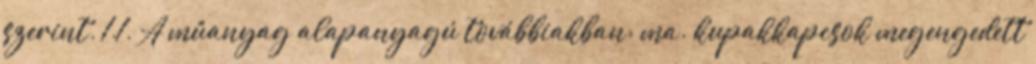
szerint. 1.1. A mûanyag alapanyagú továbbiakban: ma. kupakkapcsok megengedett